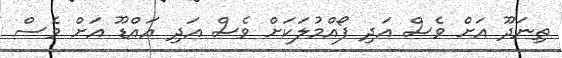
ތިނަދޫ އަށް ވެސް އަދި ފޯއްމުލަކަށް ވެސް އަދި އައްޑޫ އަށް ވެސް